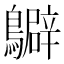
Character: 𪇊